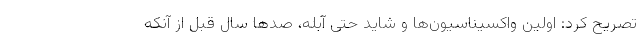
تصریح کرد: اولین واکسیناسیون‌ها و شاید حتی آبله، صدها سال قبل از آنکه